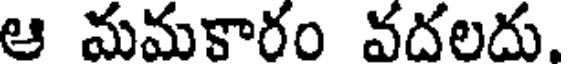
ఆ మమకారం వదలదు,